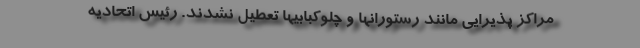
مراکز پذیرایی مانند رستورانها و چلوکبابیها تعطیل نشدند. رئیس اتحادیه